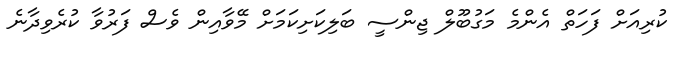
ކުރިއަށް ފަހަތް އެންމެ މަގުބޫލް ޖިންސީ ބަލިކަށިކަމަށް މޭވާއިން ވެސް ފަރުވާ ކުރެވިދާނެ